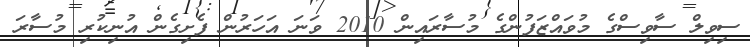
ސިވިލް ސާވިސްގެ މުވައްޒަފުންގެ މުސާރައިން 2010 ވަނަ އަހަރުން ފެށިގެން އުނިކުރި މުސާރަ